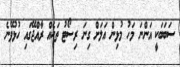
ސަބަބަކީ އަންނަ މަހު މުޅިން އަލަށް ގިނަ ރިސޯޓު ތަކެއް ރާއްޖޭގައި ހުޅުވޭނެ